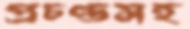
প্রচণ্ডসহ